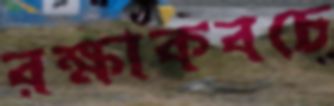
রক্ষাকবচে